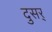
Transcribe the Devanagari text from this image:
दुसर्